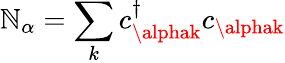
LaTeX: \mathbb{N}_{\alpha}=\sum_{k}c_{\alphak}^{\dagger}c_{\alphak}